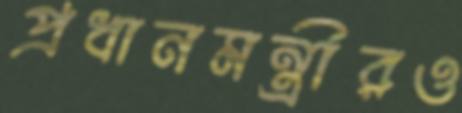
প্রধানমন্ত্রীরও